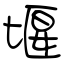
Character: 堰